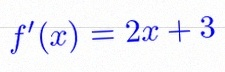
f'(x)=2x+3